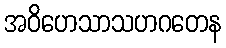
အဝိဟေသာသဟဂတေန